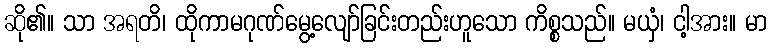
ဆို၏။ သာ အရတိ၊ ထိုကာမဂုဏ်မွေ့လျော်ခြင်းတည်းဟူသော ကိစ္စသည်။ မယှံ၊ ငါ့အား။ မာ